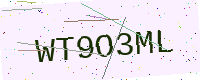
Text: WT9O3ML